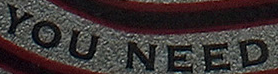
YOU NEED